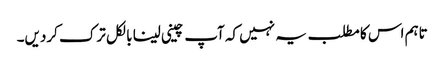
تاہم اس کا مطلب یہ نہیں کہ آپ چینی لینا بالکل ترک کردیں۔